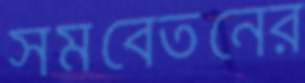
সমবেতনের